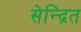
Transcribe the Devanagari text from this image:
सेन्द्रित